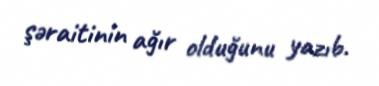
şəraitinin ağır olduğunu yazıb.